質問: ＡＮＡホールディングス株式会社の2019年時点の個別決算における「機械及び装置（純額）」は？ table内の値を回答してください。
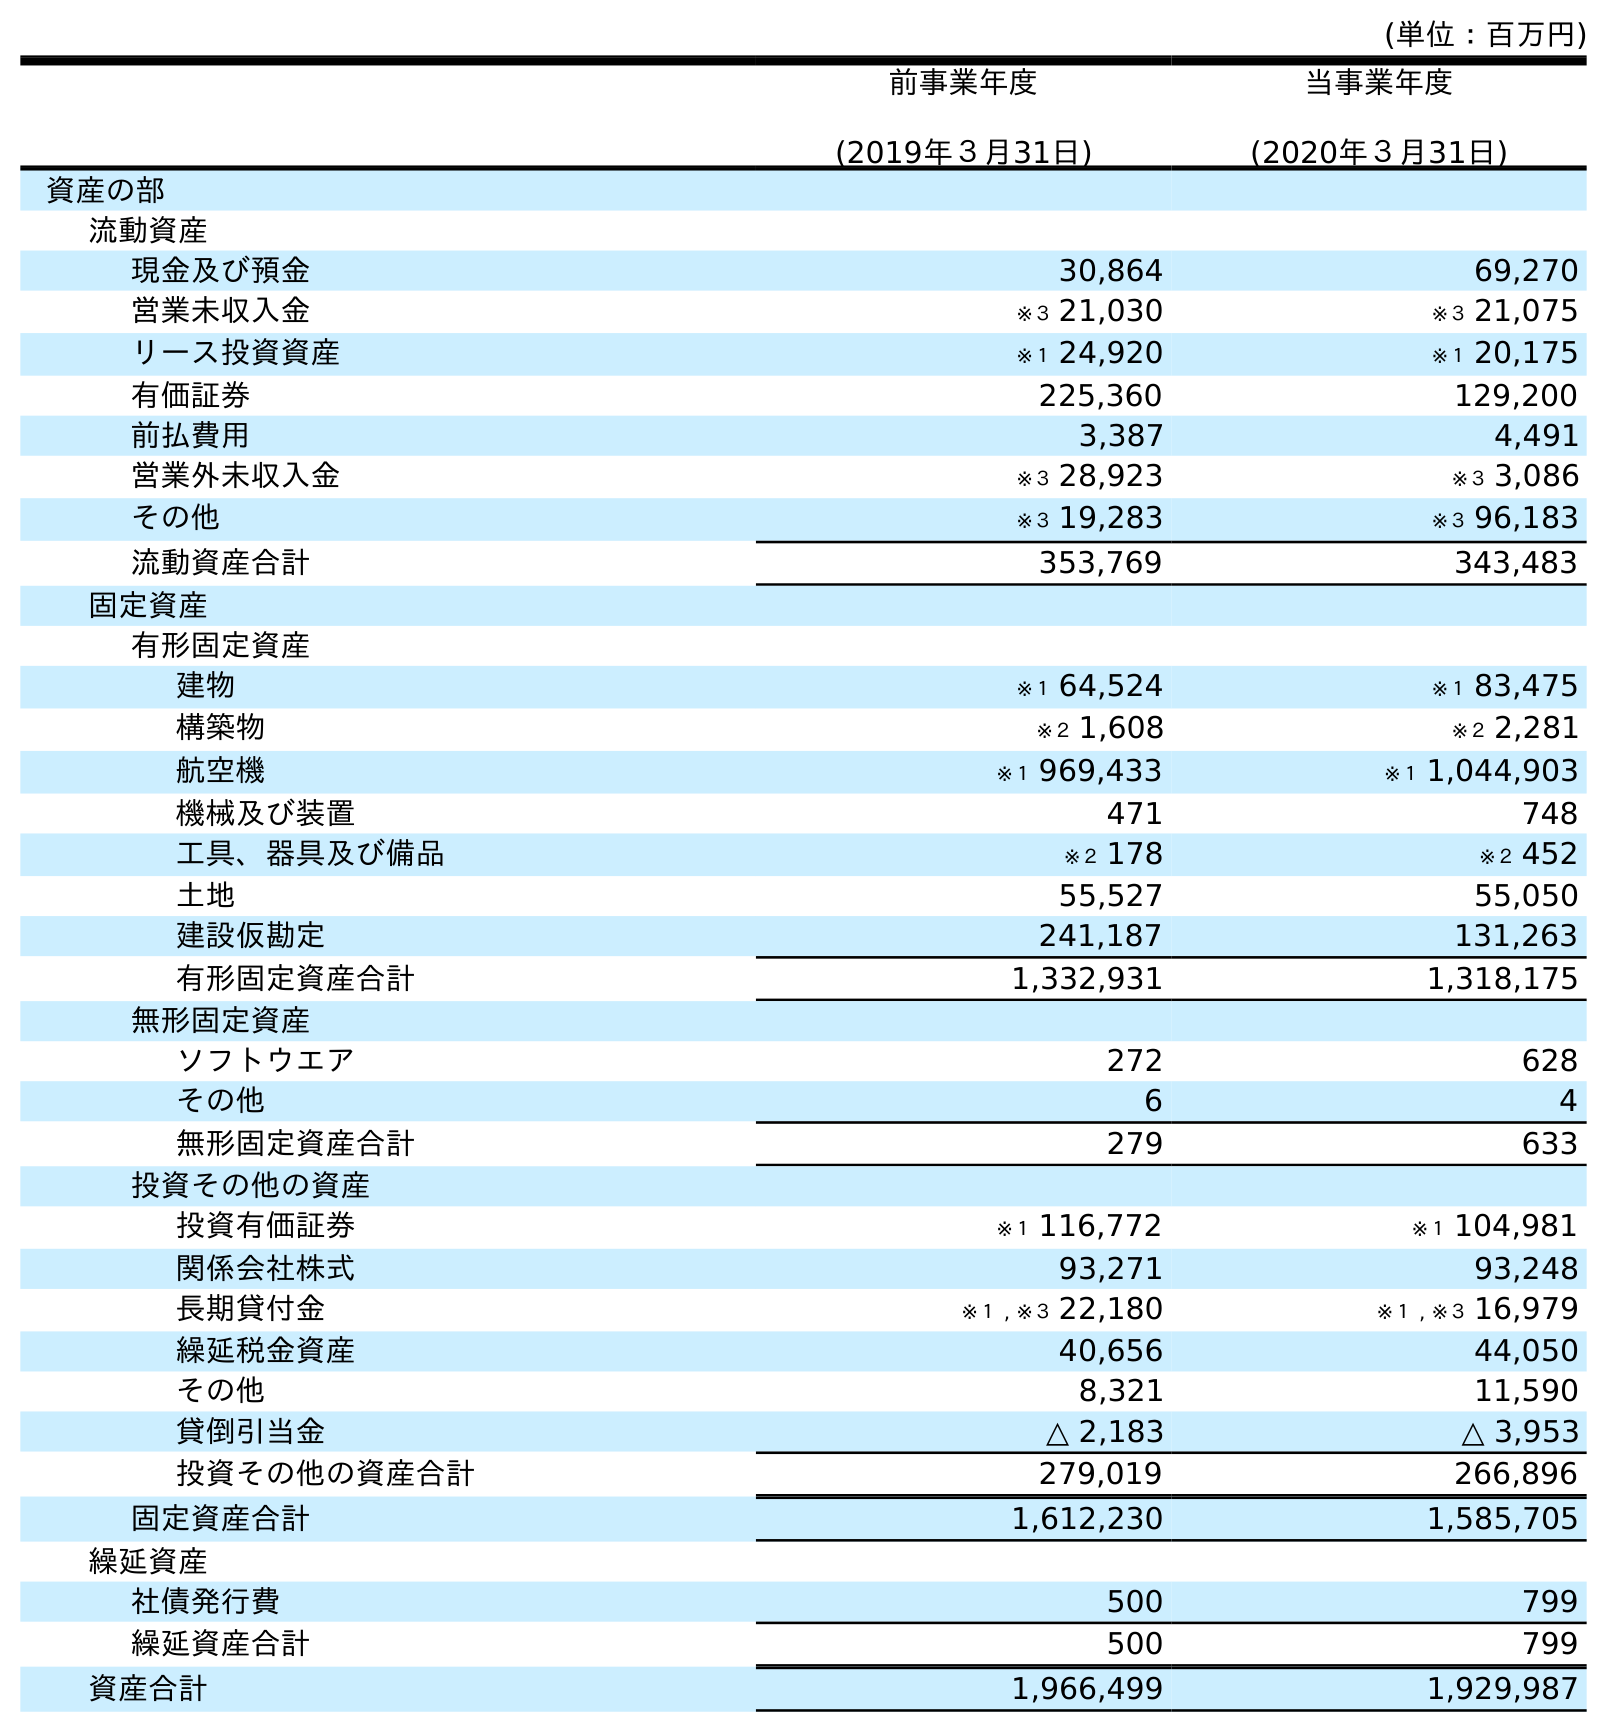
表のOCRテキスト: (単位：百万円) 前事業年度 (2019年３月31日) 当事業年度 (2020年３月31日) 資産の部 流動資産 現金及び預金 30,864 69,270 営業未収入金 ※３ 21,030 ※３ 21,075 リース投資資産 ※１ 24,920 ※１ 20,175 有価証券 225,360 129,200 前払費用 3,387 4,491 営業外未収入金 ※３ 28,923 ※３ 3,086 その他 ※３ 19,283 ※３ 96,183 流動資産合計 353,769 343,483 固定資産 有形固定資産 建物 ※１ 64,524 ※１ 83,475 構築物 ※２ 1,608 ※２ 2,281 航空機 ※１ 969,433 ※１ 1,044,903 機械及び装置 471 748 工具、器具及び備品 ※２ 178 ※２ 452 土地 55,527 55,050 建設仮勘定 241,187 131,263 有形固定資産合計 1,332,931 1,318,175 無形固定資産 ソフトウエア 272 628 その他 6 4 無形固定資産合計 279 633 投資その他の資産 投資有価証券 ※１ 116,772 ※１ 104,981 関係会社株式 93,271 93,248 長期貸付金 ※１ , ※３ 22,180 ※１ , ※３ 16,979 繰延税金資産 40,656 44,050 その他 8,321 11,590 貸倒引当金 △ 2,183 △ 3,953 投資その他の資産合計 279,019 266,896 固定資産合計 1,612,230 1,585,705 繰延資産 社債発行費 500 799 繰延資産合計 500 799 資産合計 1,966,499 1,929,987
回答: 471